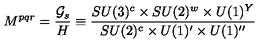
M ^ { p q r } = \frac { { \cal G } _ { s } } { H } \equiv \frac { S U ( 3 ) ^ { c } \times S U ( 2 ) ^ { w } \times U ( 1 ) ^ { Y } } { S U ( 2 ) ^ { c } \times U ( 1 ) ^ { \prime } \times U ( 1 ) ^ { \prime \prime } }